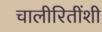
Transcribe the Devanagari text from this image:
चालीरितींशी